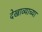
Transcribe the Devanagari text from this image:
देखाव्याच्या